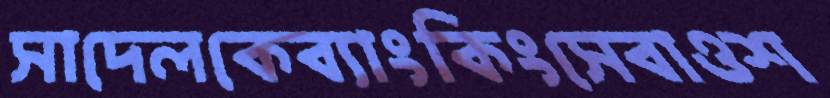
সাদেলকেব্যাংকিংসেবাওশ